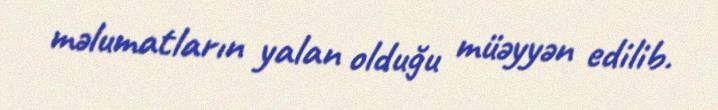
məlumatların yalan olduğu müəyyən edilib.